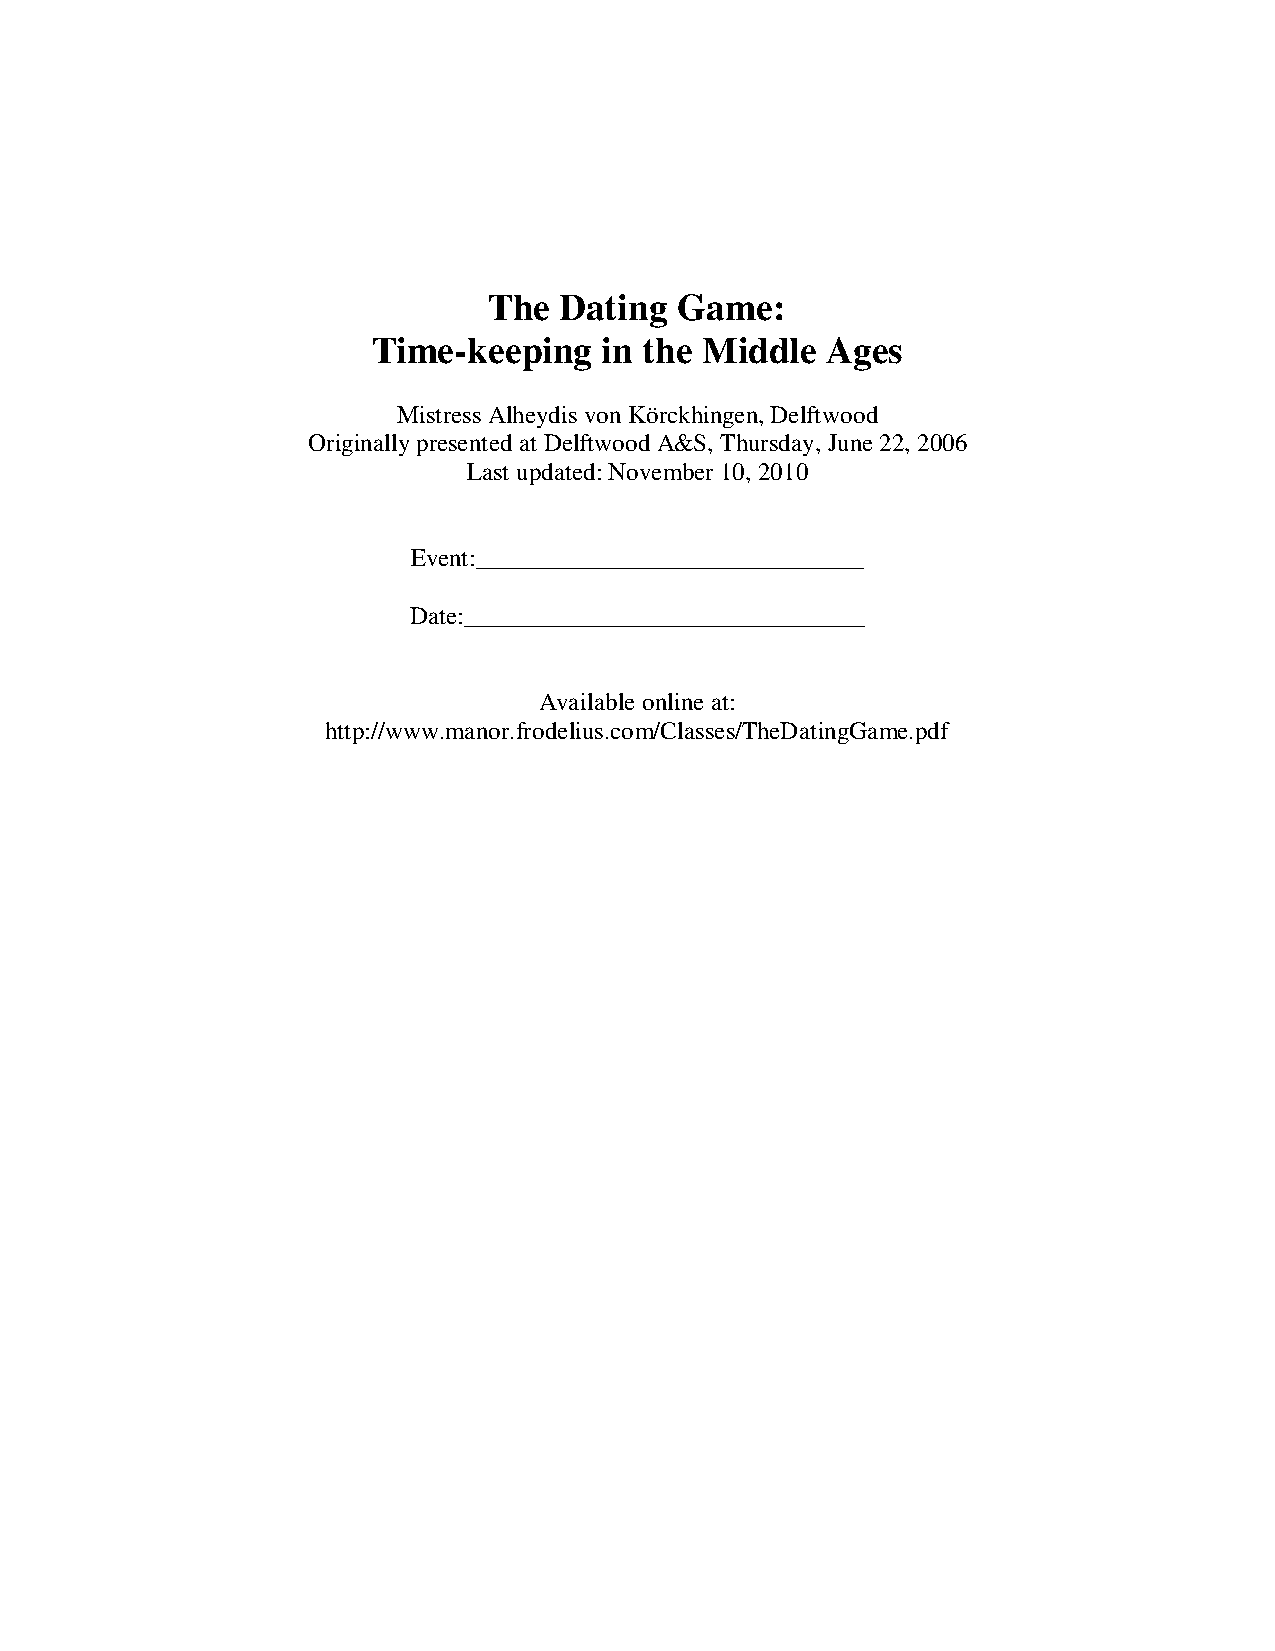
The  Dating  Game:
 Time-keeping   in the Middle  Ages
 Mistress Alheydis von Körckhingen, Delftwood
 Originally presented at Delftwood A&S, Thursday, June 22, 2006
 Last updated: November 10, 2010
 Event:_______________________________
 Date:________________________________
 Available online at:
 http://www.manor.frodelius.com/Classes/TheDatingGame.pdf